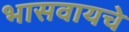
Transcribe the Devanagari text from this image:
भासवायचे